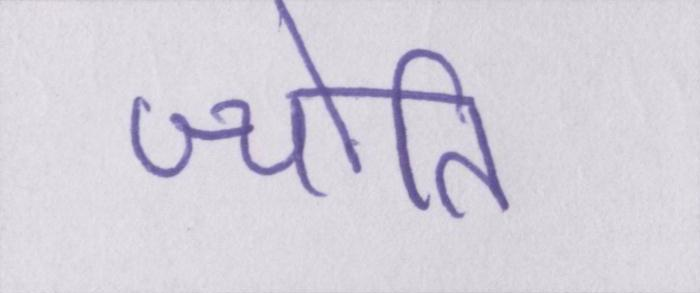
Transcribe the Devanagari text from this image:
ज्योति